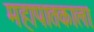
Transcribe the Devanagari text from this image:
महापातकाला